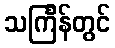
သင်္ကြန်တွင်